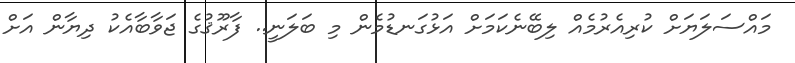
މައްސަލަޔަށް ކުރިއެރުމެއް ލިބޭނެކަމަށް އަޅުގަނޑުމެން މި ބަލަނީ.. ފާރޫޤުގެ ޖަވާބާއެކު ދިޔާން އަށް